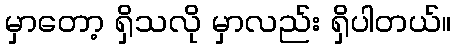
မှာတော့ ရှိသလို မှာလည်း ရှိပါတယ်။